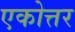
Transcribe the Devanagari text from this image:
एकोत्तर